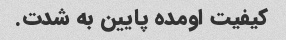
کیفیت اومده پایین به شدت.